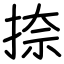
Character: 捺